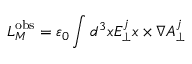
{ \boldsymbol { L } } _ { M } ^ { \mathrm { { o b s } } } = \varepsilon _ { 0 } \int d ^ { 3 } x E _ { \perp } ^ { j } { \boldsymbol { x } } \times { \boldsymbol { \nabla } } A _ { \perp } ^ { j }